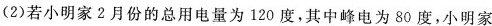
(2)若小明家2月份的总用电量为120度，其中峰电为80度，小明家